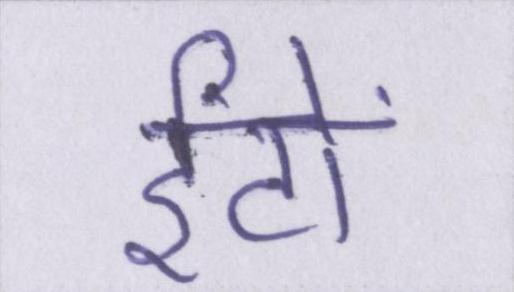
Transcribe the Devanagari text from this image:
ईंटों